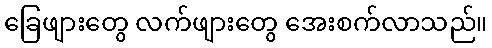
ခြေဖျားတွေ လက်ဖျားတွေ အေးစက်လာသည်။